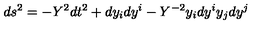
d s ^ { 2 } = - Y ^ { 2 } d t ^ { 2 } + d y _ { i } d y ^ { i } - Y ^ { - 2 } y _ { i } d y ^ { i } y _ { j } d y ^ { j }